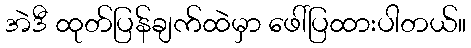
အဲဒီ ထုတ်ပြန်ချက်ထဲမှာ ဖေါ်ပြထားပါတယ်။